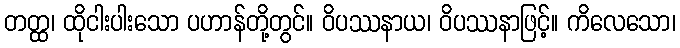
တတ္ထ၊ ထိုငါးပါးသော ပဟာန်တို့တွင်။ ဝိပဿနာယ၊ ဝိပဿနာဖြင့်။ ကိလေသော၊